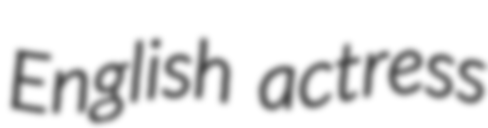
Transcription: English actress